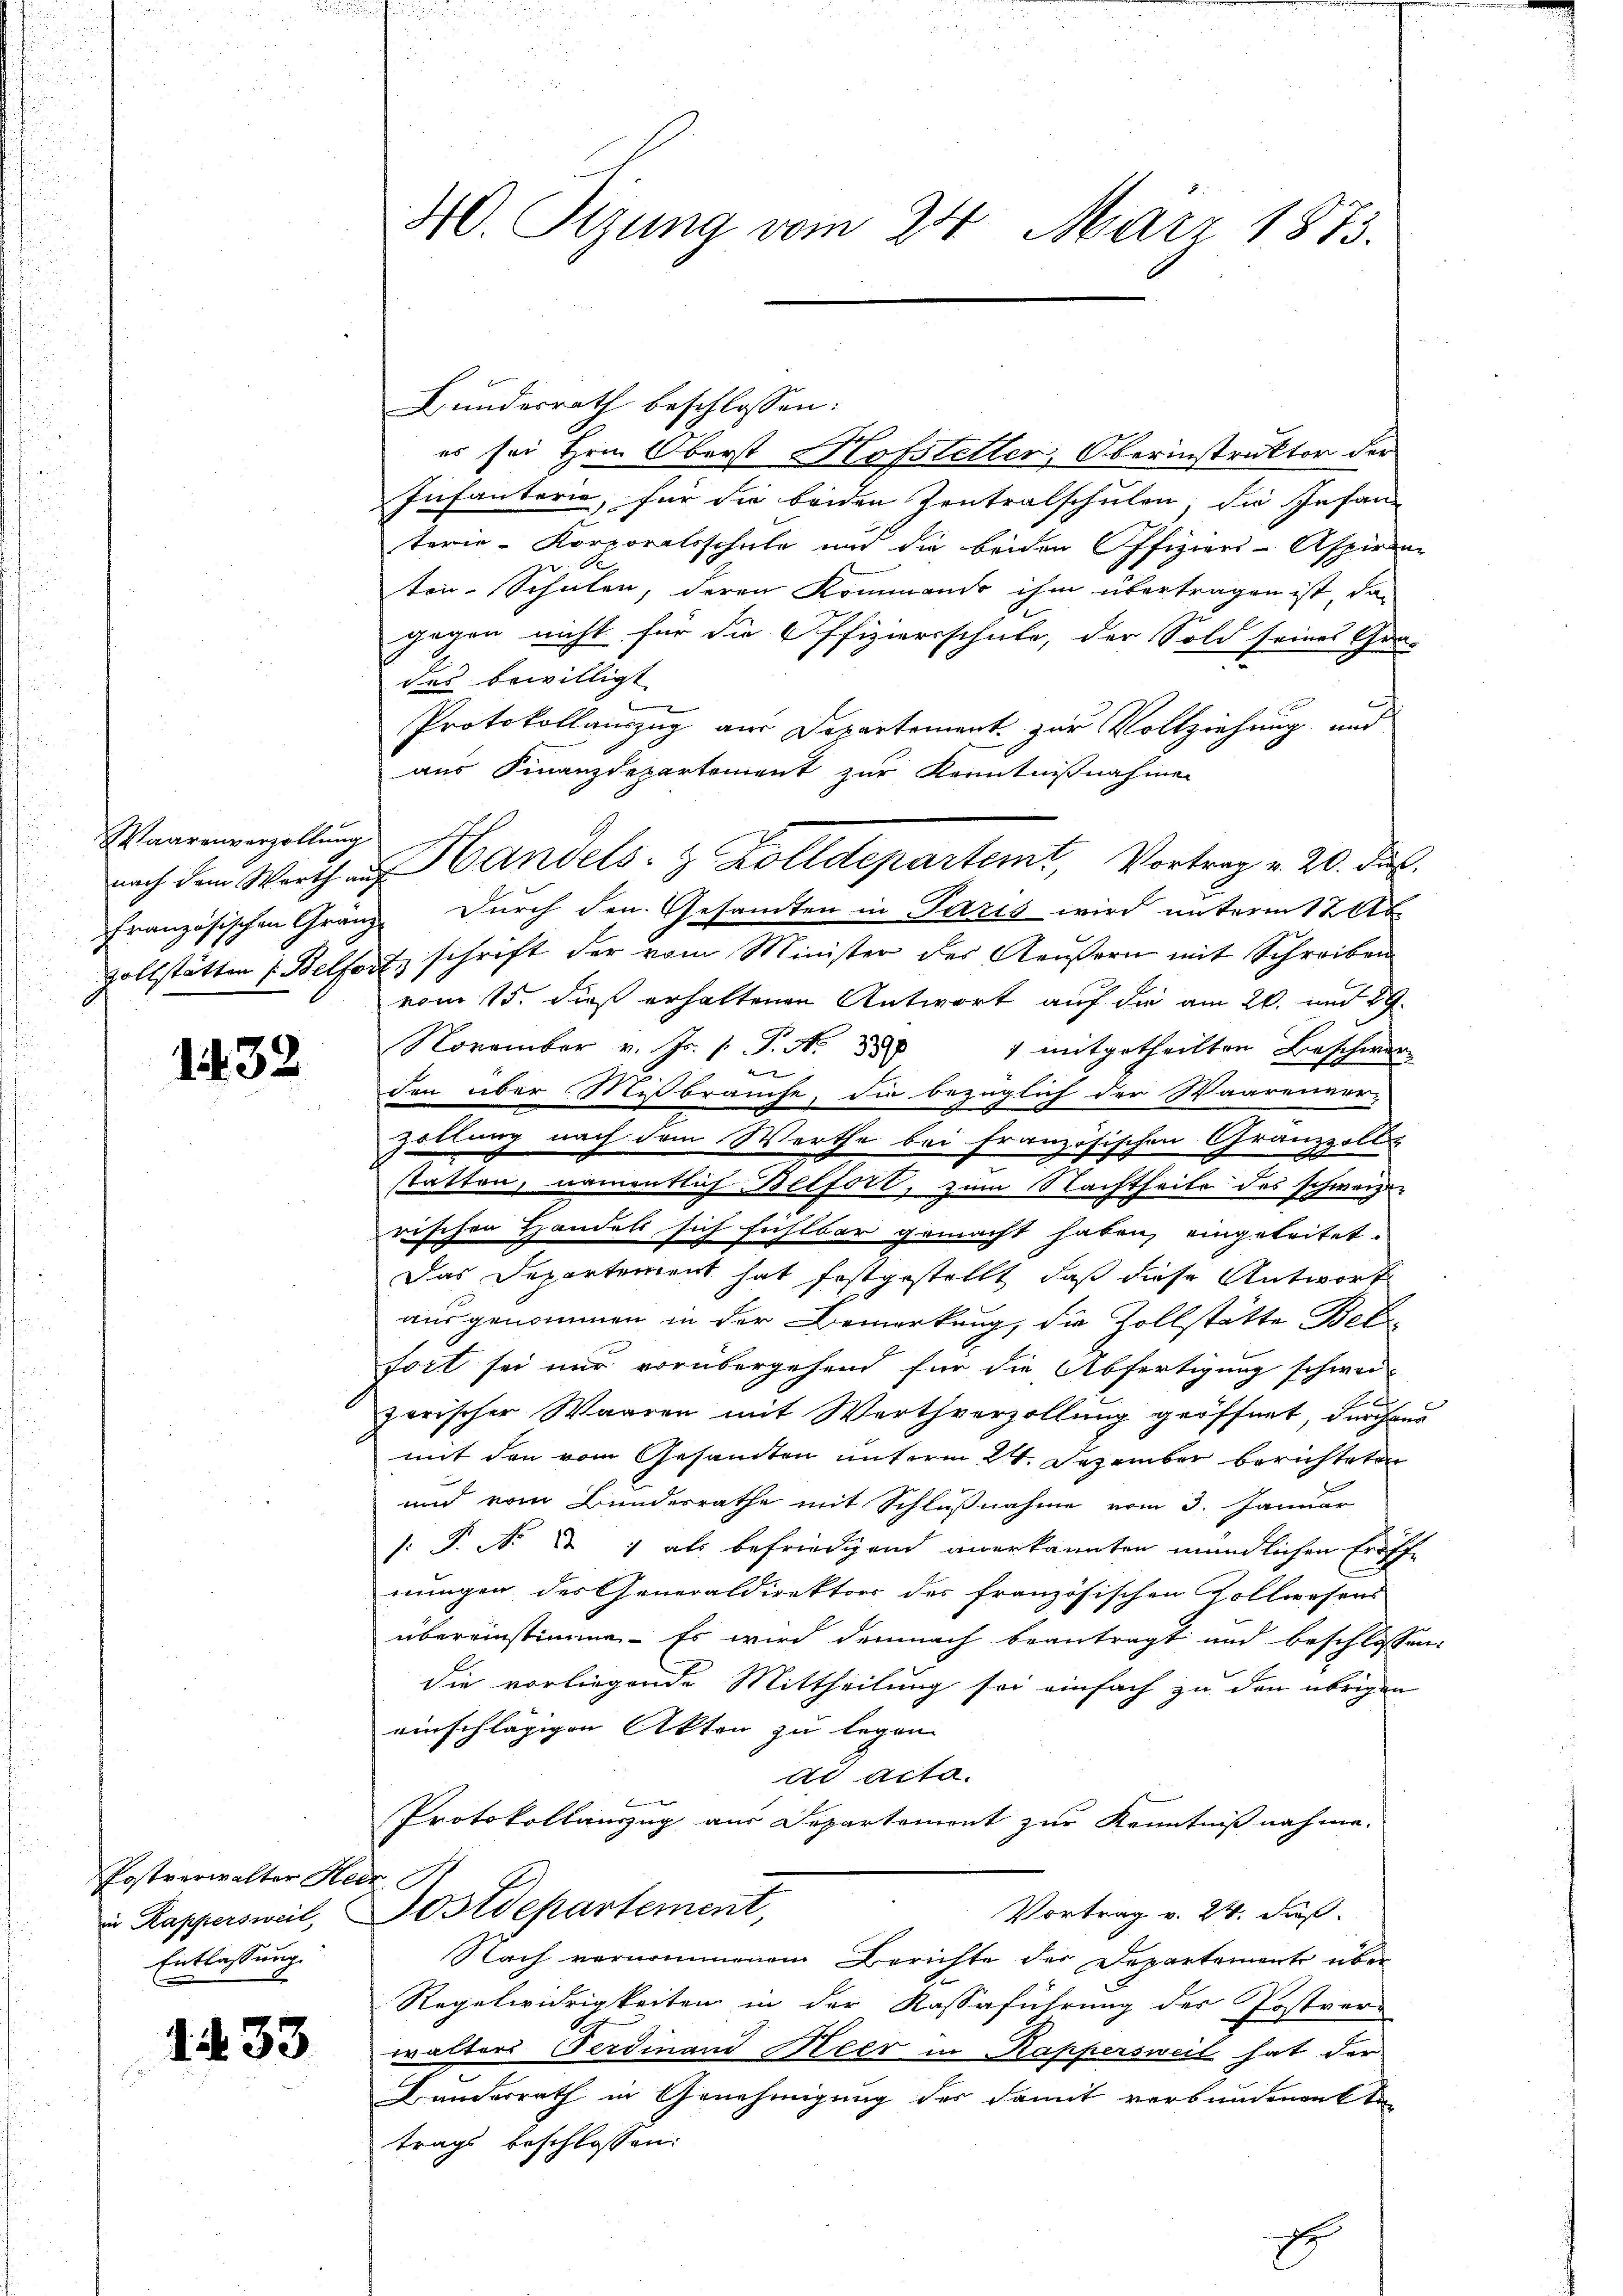
Waarenverzollung

1432

Postverwalter Her
in Kappersweil,
Entlassung
x

133

40. Sizung vom 24. März 1873.

Bundesrath beschlossen:
es sei Hrn. Oberst Hofstetter, Oberinstruktor der
Infanterie, für die beiden Zentralschulen, die Infan
terie-Korporatsschule und die beiden Offiziers-Aspiren-
ten-Schulen, deren Kommando ihm übertragen ist, das
gegen nicht für die Offiziersschule, der Sold seines Gra-
des bewilligt
Protokollauszug aus Departement zur Vollziehung und
aus Finanzdepartement zur Kenntnißnahmen
Französischen Gränz durch den Gesandten in Paris wird unterm 12. Ab
zollstätten (Belfort, schrift der vom Minister des Aeußern mit Schreiben
vom 15. dieß erhaltenen Antwort auf die am 20. und 89
November v. Js. (T. No 888 1 mitgetheilten Beschwer-
A
den über Mißbrauche, die bezüglich der Waarenver-
Zollung nach dem Werthe bei französischen Granzzoll-
statten, namentlich Belfort, zum Nachtheile des schweizen
rischen Handels sich fühlbar gemacht haben, eingeleitet.
Das Departement hat festgestellt, daß diese Antwort
ausgenommen in der Bemerkung, die Zollstätte Betr
fort sei nur vorübergehend für die Abfertigung schwei-
e
zarischer Waaren mit Werthverzollung geöffnet, durchaus
mit den vom Gesandten unterm 24. Dezember berichteten
und vom Bunderrathe mit Schlußnahme vom 3. Januar
[: P. Nr. & 1 als befriedigend anerkannten mündlichen Eröffe
nungen des Generaldirektors der französischen Vollwesens
übereinstimmen. Es wird demnach beantragt und beschlossen:
die vorliegende Mittheilung sei einfach zu den übrigen
einschlägigen Akten zu legen.
ad acta.
Protokollauszug aus Departemont zur Kenntnißnahme.
St
Postdepartement,
Vortrag v. 24. dieß
Nach vernommenem Berichte der Departement über
c
Regelwidrigkeiten in der Kassaführung der Postver-
A
walters Ferdinand Meer in Kappersweil hat der
Bunderrath in Genehmigung des damit verbundenente
trags beschlossen:
.

nach dem Werth an Handels- & Zolldepartemt, Vortrag v. 20. Frk.